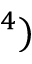
^ 4 )